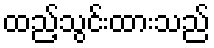
ထည့်သွင်းထားသည်